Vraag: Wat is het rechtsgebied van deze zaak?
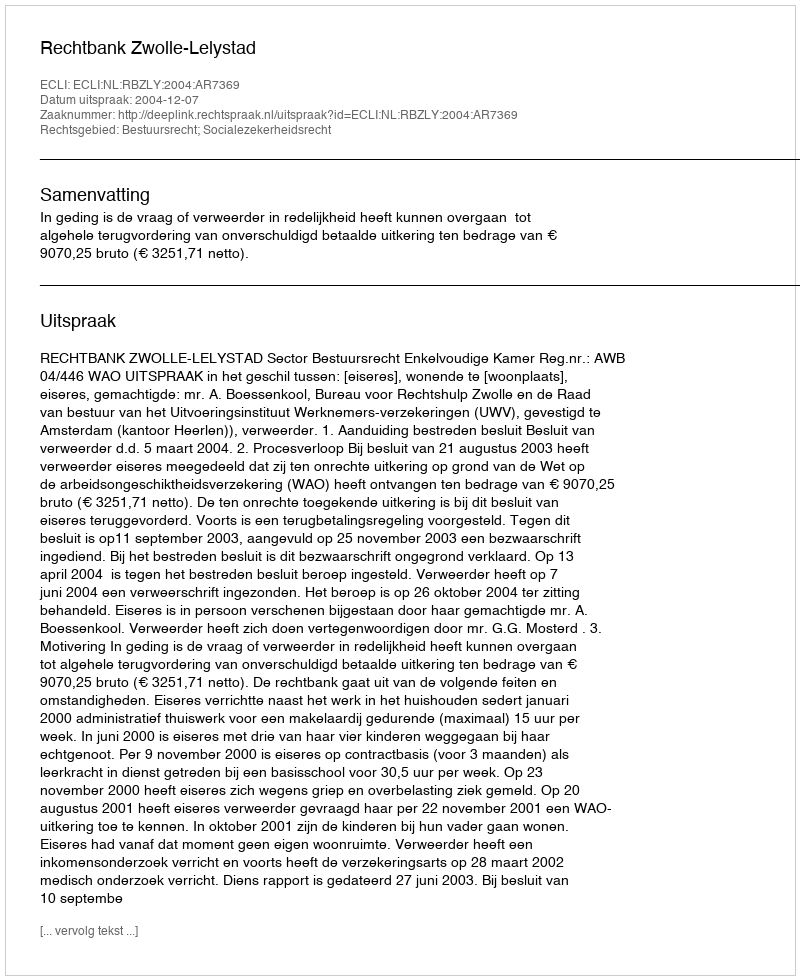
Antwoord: Bestuursrecht; Socialezekerheidsrecht